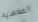
الشخصيه